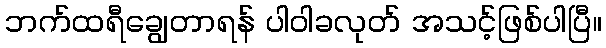
ဘက်ထရီချွေတာရန် ပါဝါခလုတ် အသင့်ဖြစ်ပါပြီ။